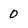
Character: 0